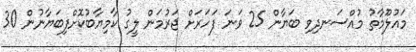
މައުލޫމާތު މުއްސަނދިވި ބަޔާން 25 ވަނަ ފަހަރަށް ޖަރުމަން ލީގު ކާމިޔާބުކޮށްފިބަޔާނުން 30